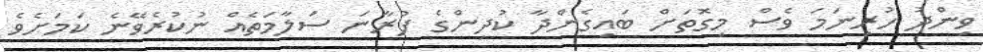
ވިންދު ހުރިނަމަ ވެސް މިގޮތަށް ބައިގެންދާ ކުދިންގެ ފުރާނަ ސަލާމަތެއް ނުކުރެވޭނެ ކަމަށެވެ